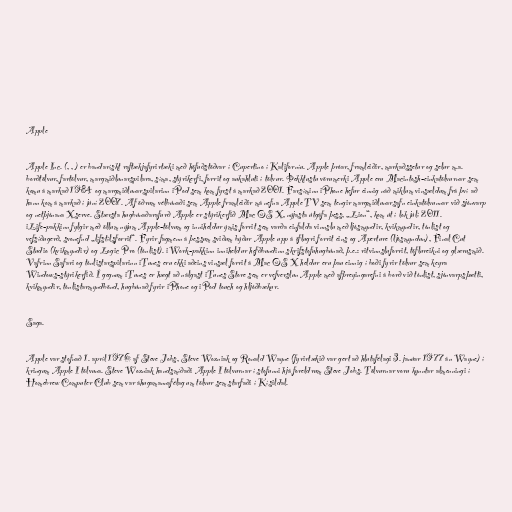
Apple

Apple Inc. (, , ) er bandarískt raftækjafyrirtæki með höfuðstöðvar í Cupertino í Kaliforníu. Apple þróar, framleiðir, markaðssetur og selur m.a.
borðtölvur, fartölvur, margmiðlunarspilara, síma, stýrikerfi, forrit og aukahluti í tölvur. Þekktustu vörumerki Apple eru Macintosh-einkatölvurnar sem
komu á markað 1984 og margmiðlunarspilarinn iPod sem kom fyrst á markað 2001. Farsíminn iPhone hefur einnig náð miklum vinsældum frá því að
hann kom á markað í júní 2007. Af öðrum vélbúnaði sem Apple framleiðir má nefna Apple TV sem tengir margmiðlunarsafn einkatölvunnar við sjónvarp
og netþjónana Xserve. Stærsta hugbúnaðarafurð Apple er stýrikerfið Mac OS X, nýjasta útgáfa þess, „Lion“, kom út í lok júlí 2011.
iLife-pakkinn fylgir með öllum nýjum Apple-tölvum og inniheldur ýmis forrit sem varða einfalda vinnslu með ljósmyndir, kvikmyndir, tónlist og
vefsíðugerð, svonefnd „lífstílsforrit“. Fyrir fagmenn á þessum sviðum býður Apple upp á öflugri forrit eins og Aperture (ljósmyndun), Final Cut
Studio (kvikmyndir) og Logic Pro (tónlist). iWork-pakkinn inniheldur hefðbundinn skrifstofuhugbúnað, þ.e.: ritvinnsluforrit, töflureikni og glærusmið.
Vafrinn Safari og tónlistarspilarinn iTunes eru ekki aðeins vinsæl forrit á Mac OS X heldur eru þau einnig í boði fyrir tölvur sem keyra
Windows-stýrikerfið. Í gegnum iTunes er hægt að nálgast iTunes Store sem er vefverslun Apple með afþreyingarefni á borð við tónlist, sjónvarpsþætti,
kvikmyndir, tónlistarmyndbönd, hugbúnað fyrir iPhone og iPod touch og hljóðbækur.

Saga.

Apple var stofnað 1. apríl 1976 af Steve Jobs, Steve Wozniak og Ronald Wayne (fyrirtækið var gert að hlutafélagi 3. janúar 1977 án Wayne) í
kringum Apple I tölvuna. Steve Wozniak handsmíðaði Apple I tölvurnar í stofunni hjá foreldrum Steve Jobs. Tölvurnar voru kynntar almenningi í
Homebrew Computer Club sem var áhugamannafélag um tölvur sem starfaði í Kísildal.